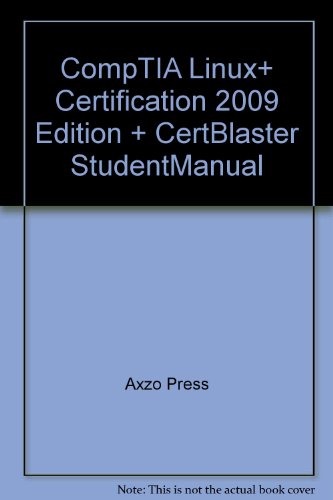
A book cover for CompTIA Linux+ 2009: Certification: CertBlaster Student Manual; Axzo Press; Computers & Technology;